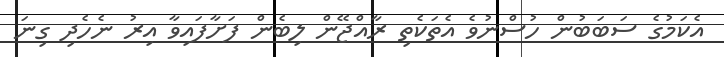
އެކަމުގެ ސަބަބުން ހުސްނުވެ އެތަކެތި ރާއްޖޭން ލިބެން ފަށާފައިވާ އިރު ނެހެދި ގިނަ